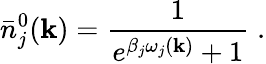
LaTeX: \bar{n}_{j}^{0}({\mathbf k})=\frac{1}{{e}^{\beta_{j}\omega_{j}({\mathbf k})}+1}\; .